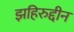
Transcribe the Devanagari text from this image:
झहिरुद्दीन